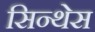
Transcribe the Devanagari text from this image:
सिन्थेस